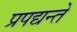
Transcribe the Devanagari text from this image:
प्रपद्यन्ते